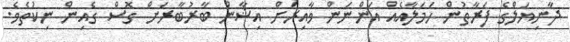
ދާނިޔަލްގެ ފަރާތުން ހަމަލާއެއް އަންނަން ވާއިރަށް އިޝާން ބާރުބާރަށް ގޮސް ގެއިން ނިކުތެވެ.